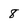
Character: 8